Papaver somniferum - Opium : an extract from the sixth volume of the Dictionary of Economic Products of India
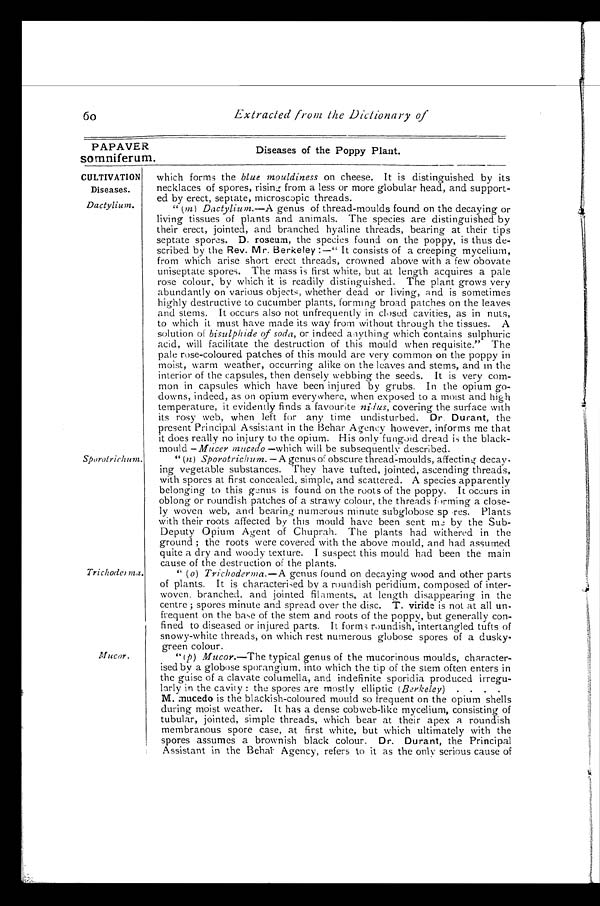
PAPAVER
somniferum.
CULTIVATION
Diseases.
Dactylium.
60
Extracted from the Dictionary of
Sporotrichum.
Diseases of the Poppy Plant.
which forms the blue mouldiness on cheese. It is distinguished by its
necklaces of spores, rising from a less or more globular head, and support-
- e d b y e r e c t , s e p t a t e , m i c r o s c o p i c t h r e a d s .
"(m) Dactylium.—A genus of thread-moulds found on the decaying or
living tissues of plants and animals. The species are distinguished by
their erect, jointed, and branched hyaline threads, bearing at their tips
septate spores. D. roseum, the species found on the poppy, is thus de
scribed by the Rev. Mr. Berkeley :—" It consists of a creeping mycelium,
from which arise short erect threads, crowned above with a few obovate
uniseptate spores. The mass is first white, but at length acquires a pale
rose colour, by which it is readily distinguished. The plant grows very
abundantly on various objects, whether dead or living, and is sometimes
highly destructive to cucumber plants, forming broad patches on the leaves
and stems. It occurs also not unfrequently in closed cavities, as in nuts,
to which it must have made its way from without through the tissues. A
solution of bisulphide of soda,o r i n d e e d a n y t h i n g w h i c h c o n t a i n s s u l p h u r i c
acid, will facilitate the destruction of this mould when requisite." The
pale rose-coloured patches of this mould are very common on the poppy in
moist, warm weather, occurring alike on the leaves and stems, and in the
interior of the capsules, then densely webbing the seeds. It is very com--
mon in capsules which have been injured by grubs. In the opium go-
downs, indeed, as on opium everywhere, when exposed to a moist and high
temperature, it evidently finds a favourite nidus, covering the surface with
its rosy web, when left for any time undisturbed. Dr. Durant, the
present Principal Assistant in the Behar Agency however, informs me that
it does really no injury to the opium. His only fungoid dread is the black
-mould —Mucer mucedo — which will be subse q uently described.
"(n) Sporotrichum. —A genus of obscure thread-moulds, affecting decay
-ing vegetable substances. They have tufted, jointed, ascending threads,
with spores at first concealed, simple, and scattered. A species apparently
belonging to this genus is found on the roots of the poppy. It occurs in
oblong or roundish patches of a strawy colour, the threads forming a close
-ly woven web, and bearing numerous minute subglobose spores. Plants
with their roots affected by this mould have been sent me by the Sub-
Deputy Opium Agent of Chuprah. The plants had withered in the
ground ; the roots were covered with the above mould, and had assumed
quite a dry and woody texture. I suspect this mould had been the main
cause of the destruction of the plants.
Trichoderma.
Mucor.
(o) Trichoderma.—A genus found on decaying wood and other parts
of plants. It is characterised by a roundish peridium, composed of inter
-woven. branched, and jointed filaments, at length disappearing in the
centre ; spores minute and spread over the disc. T. viride is not at all un-
-frequent on the base of the stem and roots of the poppy, but generally con
-fined to diseased or injured parts. It forms roundish, intertangled tufts of
snowy-white threads, on which rest numerous globose spores of a dusky
-
green colour.
"(p) Mucor.—The typical genus of the mucorinous moulds, character
-ised by a globose sporangium, into which the tip of the stem often enters in
the guise of a clavate columella, and indefinite sporidia produced irregu-
-larly in the cavity : the spores are mostly elliptic (Berkeley) . . . .
M. mucedo is the blackish-coloured mould so frequent on the opium shells
during moist weather. It has a dense cobweb-like mycelium, consisting of
tubular, jointed, simple threads, which bear at their apex a roundish
membranous spore case, at first white, but which ultimately with the
spores assumes a brownish black colour. Dr. Durant, the Principal
Assistant in the Behai Agency, refers to it as the only serious cause of